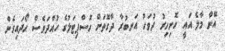
އޭނާ މާލެ އައީ ހޮނިހިރު ދުވަހު އަނބުރާ ދާގޮތަށް ހޮސްޕިޓަލުގެ ހުއްދަވެސް ހޯދައިގެން